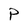
Character: P